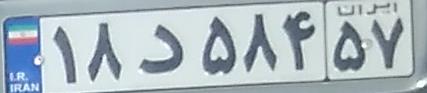
۱۸د۵۸۴۵۷